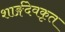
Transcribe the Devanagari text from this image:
शार्ङ्गदेवकृत